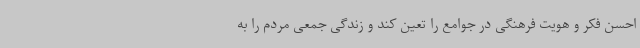
احسن فکر و هویت فرهنگی در جوامع را تعین کند و زندگی جمعی مردم را به